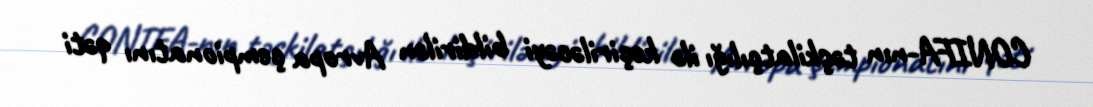
CONIFA-nın təşkilatçılığı ilə keçiriləcəyi bildirilən Avropa çempionatını qəti